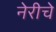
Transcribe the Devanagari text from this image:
नेरीचे